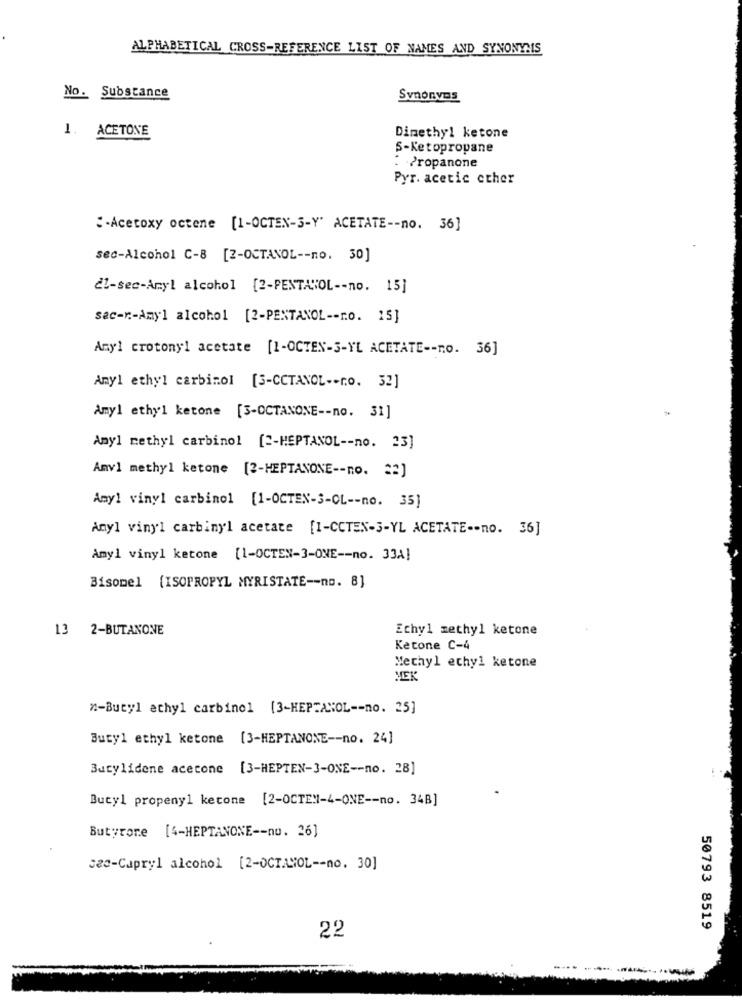
ALPHABETICAL CROSS-REFERENCE LIST OF NAMES AND SYNONYMS
No. Substance
Synonyms
1. ACETONE
Dimethyl ketone
S-Ketopropane
: Propanone
Pyr. acetic ccher
"Acetoxy octene [1-OCTEN-3-Y' ACETATE -- no. 36]
sec-Alcohol C-8 [2-OCTANOL -- no. 30]
dl-sec-Aryl alcohol [2-PENTA"OL -- no. 15]
sac-r .- Amyl alcohol [2-PENTANOL -- r.o. 15]
Amyl crotonyl acetate [1-OCTEN-3-YL ACETATE -- no. 36]
Amy1 ethyl carbinol [3-CCTANOL -- ro. 32]
Amy1 ethyl ketone [3-OCTANONE -- no. 31]
Amyl methyl carbinol [2-HEPTANOL -- no. 23]
Anv1 methyl ketone [2-HEPTANONE -- no. == ]
Amy1 vinyl carbinol [1-OCTEN-3-CL -- no. 35]
Anyl vinyl carbinyl acetate [1-CCTEN-3-YL ACETATE -- no. 36]
Amy1 vinyl ketone [1-OCTEN-3-ONE -- no. 33A]
Bisomel (ISOPROPYL MYRISTATE -- no. 8]
13 2-BUTANONE
Echyl methyl ketone
Ketone C-4
Methyl ethyl ketone
MEK
n-Butyl ethyl carbinol (3-HEPTANOL -- no. 25]
Butyl ethyl ketone [3-HEPTANONE -- no. 24]
Butylidene acetone [3-HEPTEN-3-ONE -- no. 28]
Butyl propeny1 ketone [2-OCTEM-4-ONE -- no. 34B]
Butyrone [4-HEPTANONE -- no. 26]
sec-Capryl alcohol [2-OCTAHOL -- no. 30]
50793 8519
22